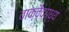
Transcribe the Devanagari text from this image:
वाक्वैदग्ध्य